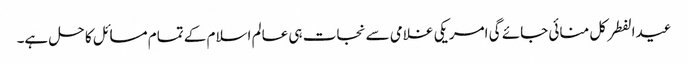
عیدالفطر کل منائی جائے گی امریکی غلامی سے نجات ہی عالم اسلام کے تمام مسائل کا حل ہے۔